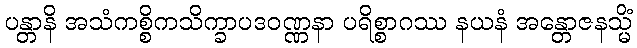
ပန္တာနိ အသံကစ္စိကသိက္ခာပဒဝဏ္ဏနာ ပရိစ္စာဂဿ နယနံ အန္တောဇနသ္မိံ